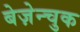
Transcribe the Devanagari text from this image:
बेज़ेन्चुक